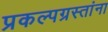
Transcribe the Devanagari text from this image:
प्रकल्पग्रस्तांना